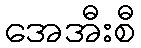
အေအီးစီ